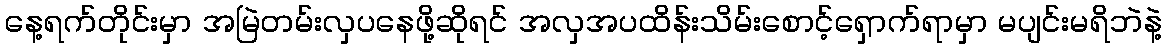
နေ့ရက်တိုင်းမှာ အမြဲတမ်းလှပနေဖို့ဆိုရင် အလှအပထိန်းသိမ်းစောင့်ရှောက်ရာမှာ မပျင်းမရိဘဲနဲ့